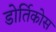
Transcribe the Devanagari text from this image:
डोर्तिकोस